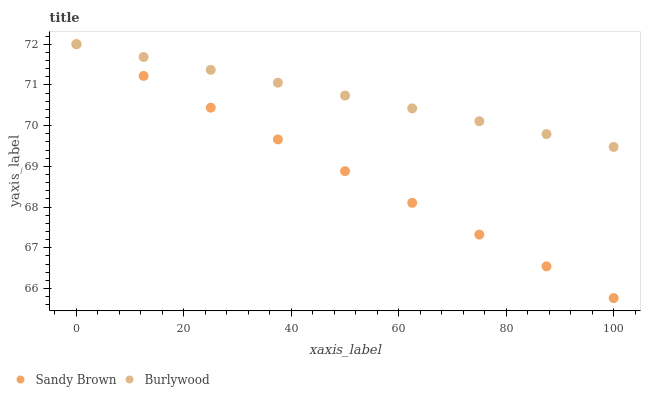
| xaxis_label | Sandy Brown | Burlywood |
 | --- | --- | --- |
 | 0 | 72 | 72 |
 | 12.5 | 71.2 | 71.7 |
 | 25 | 70.4 | 71.4 |
 | 37.5 | 69.7 | 71.1 |
 | 50 | 68.9 | 70.7 |
 | 62.5 | 68.1 | 70.4 |
 | 75 | 67.3 | 70.1 |
 | 87.5 | 66.5 | 69.8 |
 | 100 | 65.8 | 69.5 |